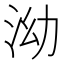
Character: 泑